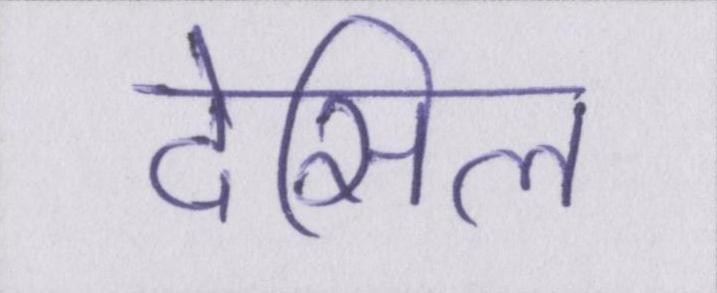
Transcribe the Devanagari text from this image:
देसिल